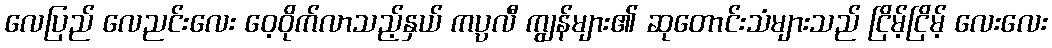
လေပြည် လေညင်းလေး ဝေ့ဝိုက်လာသည့်နှယ် ကပ္ပလီ ကျွန်များ၏ ဆုတောင်းသံများသည် ငြိမ့်ငြိမ့် လေးလေး